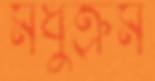
মধুক্রম